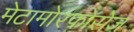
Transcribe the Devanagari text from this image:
मेटामोरफोसेज